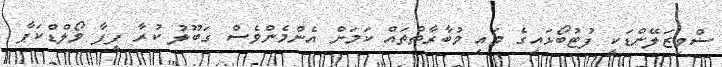
ސްވިޒަލޭންޑަކީ ފުޓުބޯޅައިގެ މައި މުބާރާތްތައް ކަމަށް އެންމެންވެސް ގަބޫލު ކުރާ ފީފާ ވޯލްޑްކަޕާ